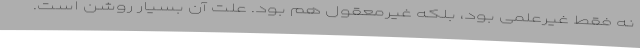
نه فقط غیرعلمی بود، بلکه غیرمعقول هم بود. علت آن بسیار روشن است.